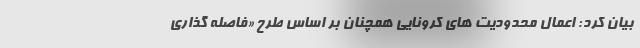
بیان کرد: اعمال محدودیت های کرونایی همچنان بر اساس طرح «فاصله گذاری